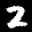
Label: 2